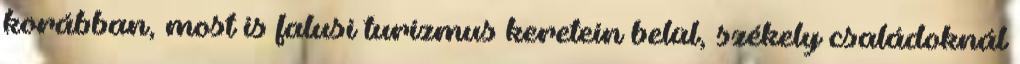
korábban, most is falusi turizmus keretein belül, székely családoknál